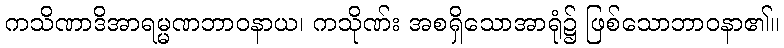
ကသိဏာဒိအာရမ္မဏဘာဝနာယ၊ ကသိုဏ်း အစရှိသောအာရုံ၌ ဖြစ်သောဘာဝနာ၏။